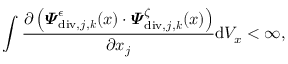
\int \displaylimits \frac { \partial \left( \boldsymbol { \varPsi } _ { \mathrm { d i v } , j , \boldsymbol { k } } ^ { \epsilon } ( \boldsymbol { x } ) \cdot \boldsymbol { \varPsi } _ { \mathrm { d i v } , j , \boldsymbol { k } } ^ { \zeta } ( \boldsymbol { x } ) \right) } { \partial x _ { j } } \mathrm { d } V _ { x } < \infty ,